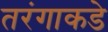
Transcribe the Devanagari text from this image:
तरंगाकडे